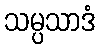
သမ္ပသာဒံ